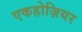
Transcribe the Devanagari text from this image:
एकहोज़ियर